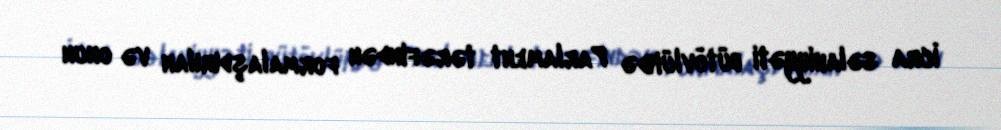
İcra səlahiyyəti bütövlükdə Parlament tərəfindən formalaşdırılan və onun